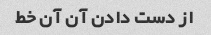
از دست دادن آن آن خط